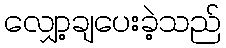
လျှော့ချပေးခဲ့သည်